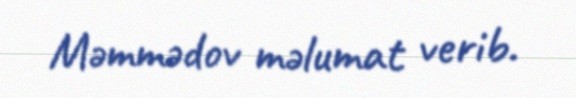
Məmmədov məlumat verib.